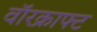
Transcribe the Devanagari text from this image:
वॉरक्राफ्ट